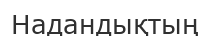
Надандықтың